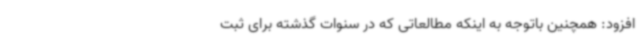
افزود: همچنین باتوجه به اینکه مطالعاتی که در سنوات گذشته برای ثبت